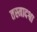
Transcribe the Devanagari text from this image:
तस्मादश्वा